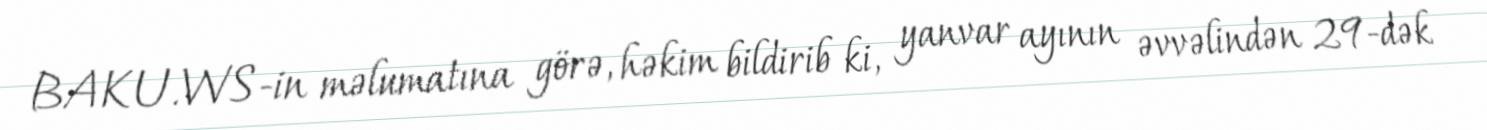
BAKU.WS-in məlumatına görə, həkim bildirib ki, yanvar ayının əvvəlindən 29-dək